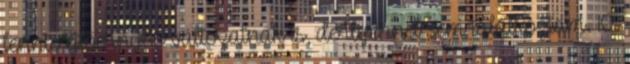
lennie ejtőernyős változatnak is, de ilyennel sem találkoztam. 10.